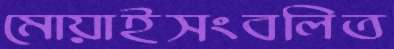
মোয়াইসংবলিত